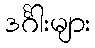
ဒင်္ဂါးများ